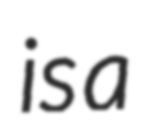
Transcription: is a